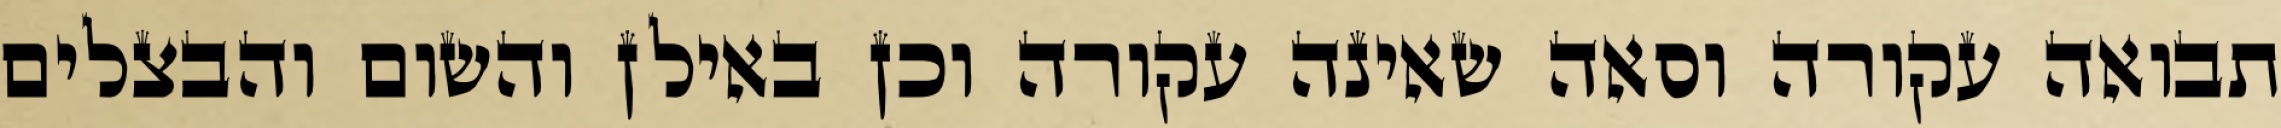
תבואה עקורה וסאה שאינה עקורה וכן באילן והשום והבצלים